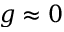
g \approx 0